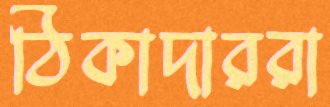
ঠিকাদাররা